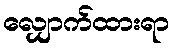
လျှောက်ထားရာ